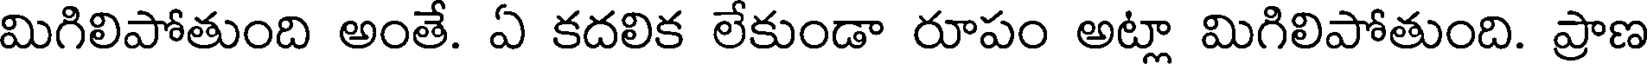
మిగిలిపోతుంది అంతే. ఏ కదలిక లేకుండా రూపం అట్లా మిగిలిపోతుంది. ప్రాణ